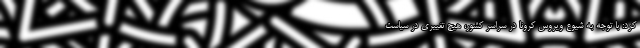
کرد: با توجه به شیوع ویروس کرونا در سراسر کشور، هیچ تغییری در سیاست